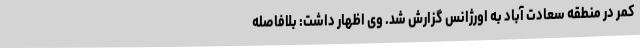
کمر در منطقه سعادت آباد به اورژانس گزارش شد. وی اظهار داشت: بلافاصله